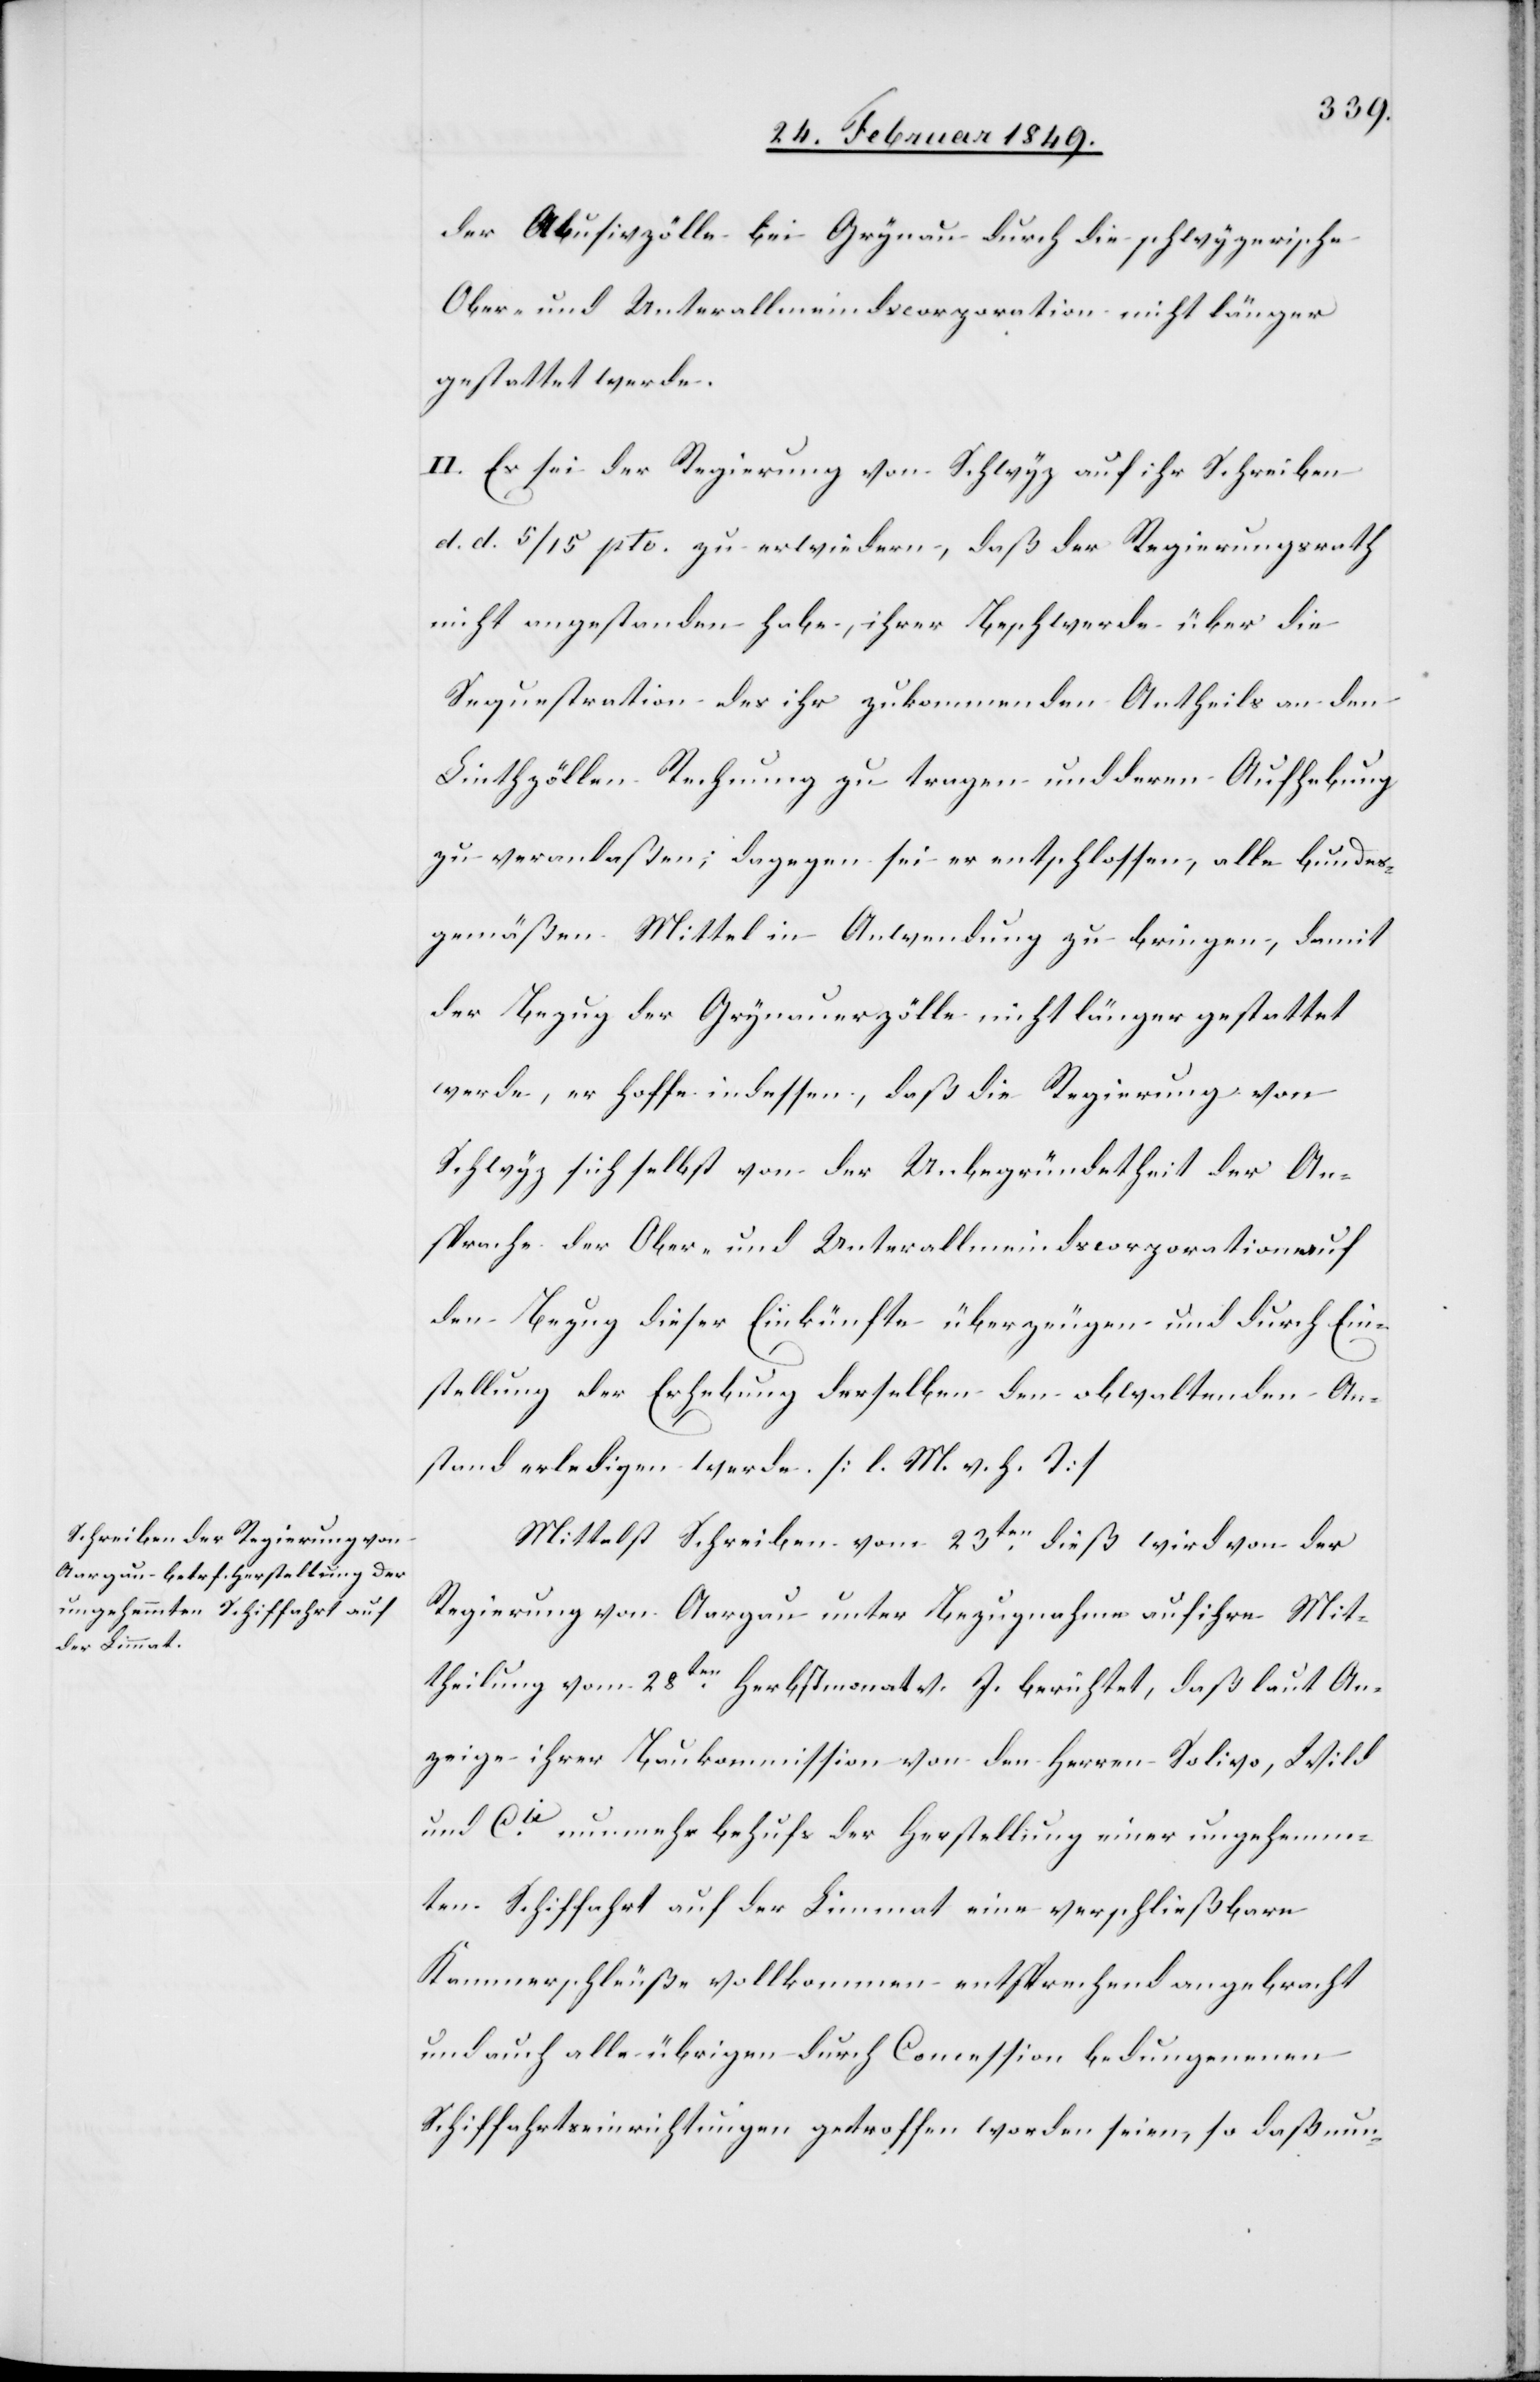
Abusivzölle bei Grynau durch die schwyzerische
Ober- und Unterallmeindscorporation nicht länger
gestattet werde.
II. Es sei der Regierung von Schwyz auf ihr Schreiben
d. d. 5/15 pto. zu erwiedern, daß der Regierungsrath
nicht angestanden habe, ihrer Beschwerde über die
Sequestration des ihr zukommenden Antheils an den
Linthzöllen Rechnung zu tragen und deren Aufhebung
zu veranlaßen; dagegen sei er entschlossen, alle bundes¬
gemäßen Mittel in Anwendung zu bringen, damit
der Bezug der Grynauerzölle nicht länger gestattet
werde, er hoffe indessen, daß die Regierung von
Schwyz sich selbst von der Unbegründetheit der An¬
sprache der Ober- und Unterallmeindscorporation auf
den Bezug dieser Einkünfte überzeugen und durch Ein¬
stellung der Erhebung derselben den obwaltenden An¬
stand erledigen werde. [l. M. v. h. T]
Mittelst Schreiben vom 23ten. dieß wird von der
Regierung von Aargau unter Bezugnahme auf ihre Mit¬
theilung vom 28ten. Herbstmonat v. J. berichtet, daß laut An¬
zeige ihrer Baukommission von den Herren Solivo, Wild
und Cie. nunmehr behufs der Herstellung einer ungehemm¬
ten Schiffahrt auf der Limmat eine verschließbare
Kammerschleuße vollkommen entsprechend angebracht
und auch alle übrigen durch die Concession bedungenenen
Schiffahrtseinrichtungen getroffen worden seien, so daß nun-